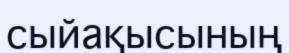
сыйақысының